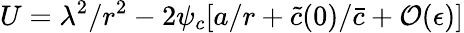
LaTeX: U=\lambda^{2}/r^{2}-2\psi_{c}[a/r+\tilde{c}(0)/\bar{c}+\mathcal{O}(\epsilon)]